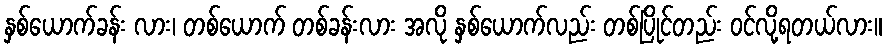
နှစ်ယောက်ခန်း လား၊ တစ်ယောက် တစ်ခန်းလား အလို နှစ်ယောက်လည်း တစ်ပြိုင်တည်း ဝင်လို့ရတယ်လား။